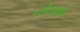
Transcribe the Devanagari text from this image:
नोंदवावे